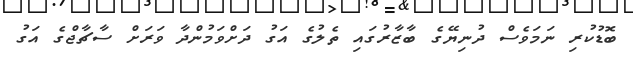
ބޮޑުކުރި ނަމަވެސް ދުނިޔޭގެ ބާޒާރުގައި ތެލުގެ އަގު ދަށްވަމުންދާ ވަރަށް ސާޗާޖްގެ އަގު